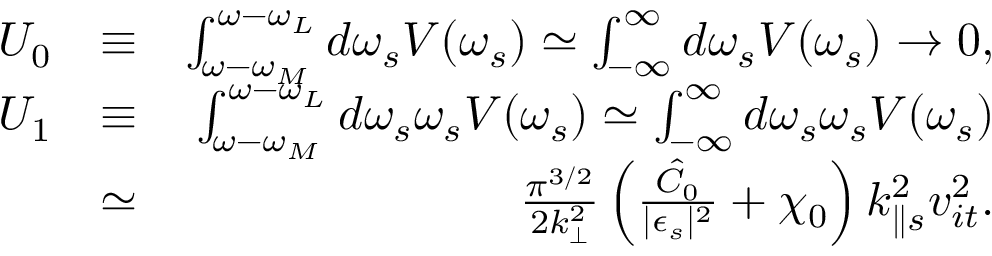
\begin{array} { r l r } { U _ { 0 } } & { \equiv } & { \int _ { \omega - \omega _ { M } } ^ { \omega - \omega _ { L } } d \omega _ { s } V ( \omega _ { s } ) \simeq \int _ { - \infty } ^ { \infty } d \omega _ { s } V ( \omega _ { s } ) \rightarrow 0 , } \\ { U _ { 1 } } & { \equiv } & { \int _ { \omega - \omega _ { M } } ^ { \omega - \omega _ { L } } d \omega _ { s } \omega _ { s } V ( \omega _ { s } ) \simeq \int _ { - \infty } ^ { \infty } d \omega _ { s } \omega _ { s } V ( \omega _ { s } ) } \\ & { \simeq } & { \frac { \pi ^ { 3 / 2 } } { 2 k _ { \perp } ^ { 2 } } \left( \frac { \hat { C } _ { 0 } } { \lvert \epsilon _ { s } \rvert ^ { 2 } } + \chi _ { 0 } \right) k _ { \parallel s } ^ { 2 } v _ { i t } ^ { 2 } . } \end{array}